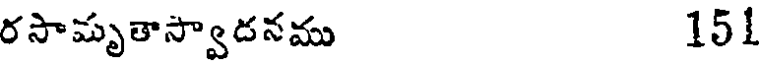
రసామృతాస్వాదనము 151